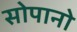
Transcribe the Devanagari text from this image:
सोपानो